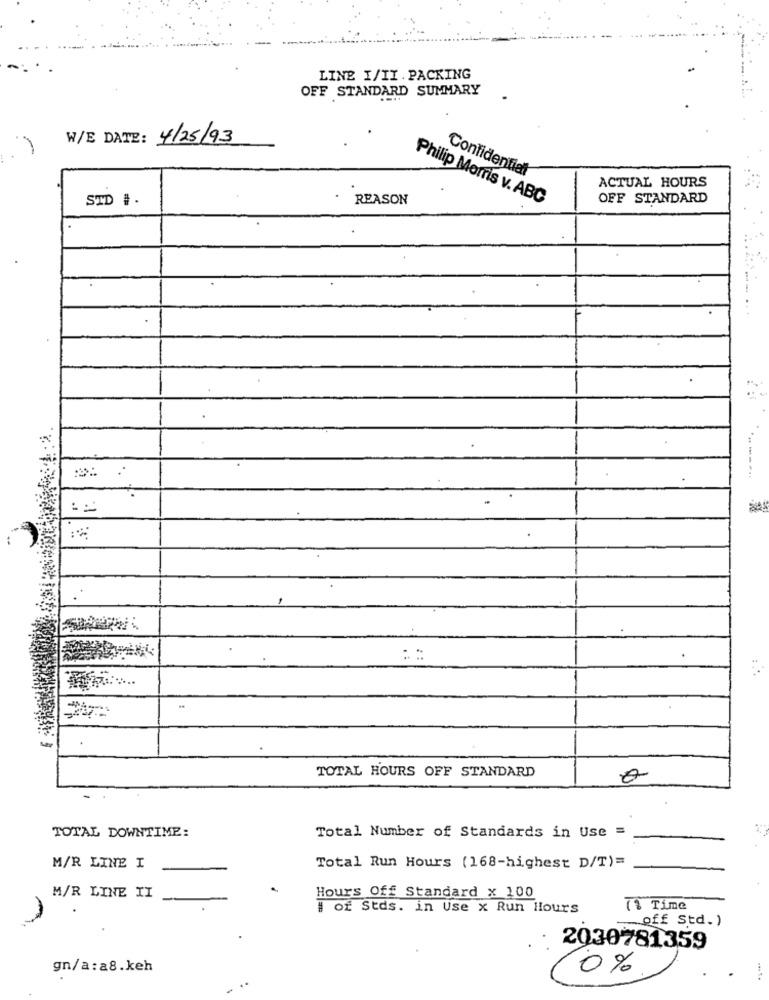
LINE I/II. PACKING
OFF STANDARD SUMMARY
W/E DATE: 4/25/93
Confidential
ACTUAL HOURS
STD #.
REASON
Philip Morris v. ABC
OFF STANDARD
TOTAL HOURS OFF STANDARD
TOTAL DOWNTIME:
Total Number of Standards in Use =
M/R LINE I
Total Run Hours (168-highest D/T)=
M/R LINE II
Hours Off Standard x 100
# of Stds. in Use x Run Hours
(1 Time
off Std.)
2030781359
gn/a:a8.keh
0%